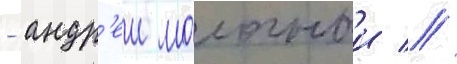
- андр'еи молочныи //